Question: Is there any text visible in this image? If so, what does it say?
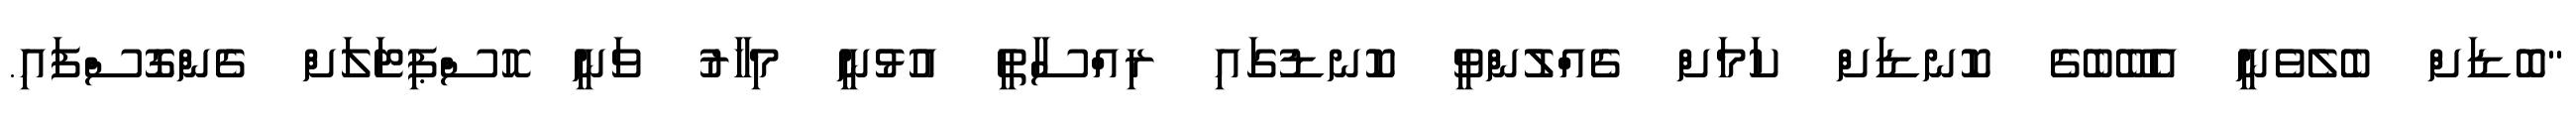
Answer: "ބޮޑަށް ބެލެވެނީ އެބޭބެގެ ކޮނޑަށް ކަމަށް ގެއްލުންވީ ކޮނޑުގައި ރިއްސާތީ އުޅުނީ މިހާރު ވަނީ ހޮސްޕިޓަލަށް ގެންގޮސްފައި.